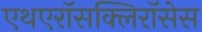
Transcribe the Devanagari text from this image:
एथएरॉसक्लिरॉसेस